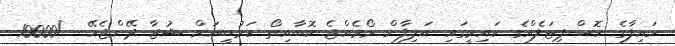
ހައިފާގެ ހޮސްޕިޓަލެއްގެ ކައިރީގައި އަލިފާން ރޯވެއްޖެ ކޮބާއިތޯ ހަރުބީއަށް ޝުޖާ ދޭންޖެހޭ -/10000